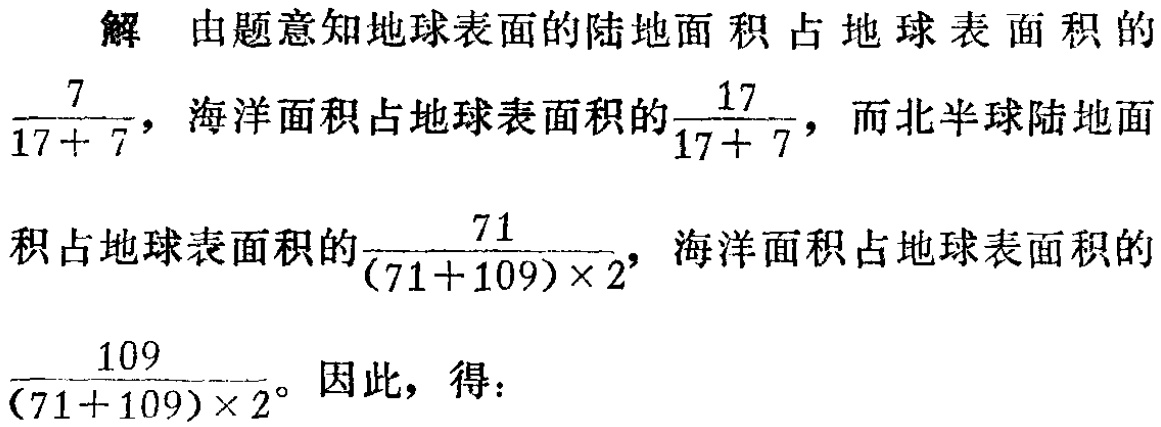
解 由题意知地球表面的陆地面积占地球表面积的$\frac{7}{17 + 7}$，海洋面积占地球表面积的$\frac{17}{17 + 7}$，而北半球陆地面积占地球表面积的$\frac{71}{(71 + 109)\times2}$，海洋面积占地球表面积的$\frac{109}{(71 + 109)\times2}$。因此，得：